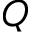
Q